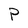
Character: P